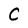
Character: C